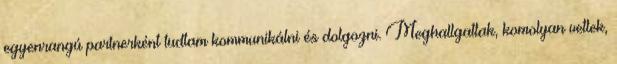
egyenrangú partnerként tudtam kommunikálni és dolgozni. Meghallgattak, komolyan vettek,